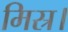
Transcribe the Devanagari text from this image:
मिस्र।